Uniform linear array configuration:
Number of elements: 64
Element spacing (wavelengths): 0.5
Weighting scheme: kaiser
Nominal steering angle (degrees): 15
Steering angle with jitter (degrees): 16.327
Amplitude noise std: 0.05
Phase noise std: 0.05

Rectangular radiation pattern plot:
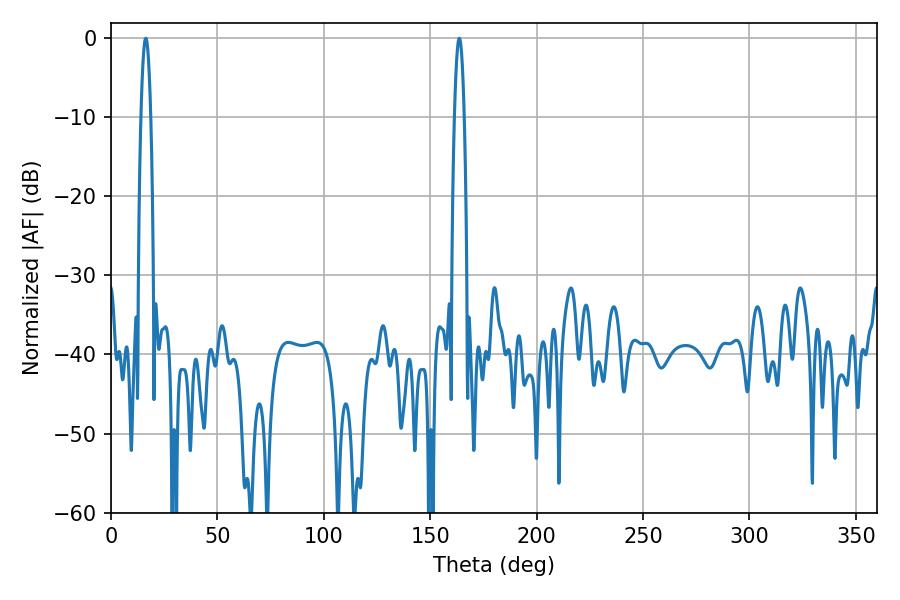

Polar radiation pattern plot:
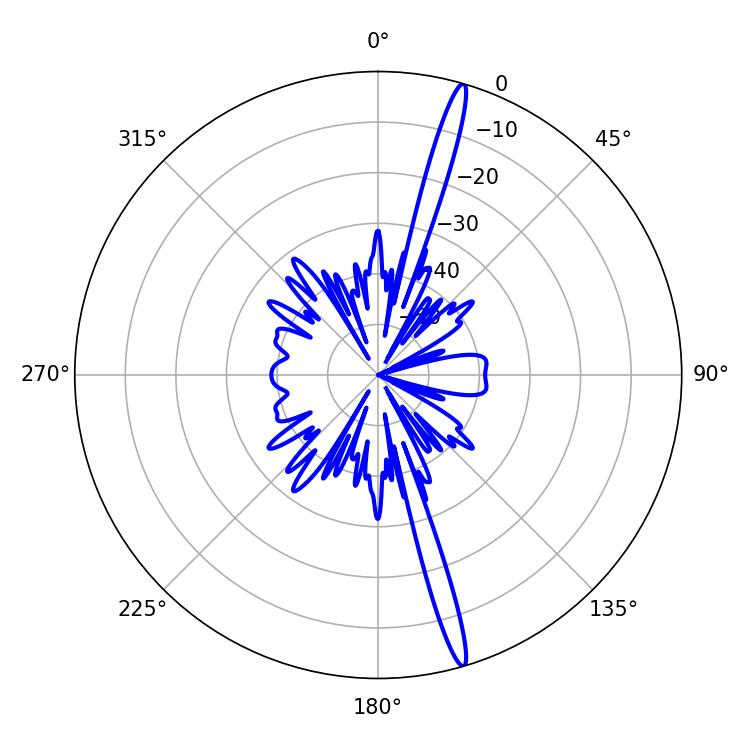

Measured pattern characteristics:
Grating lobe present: FALSE
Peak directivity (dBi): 18.701
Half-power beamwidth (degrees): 2.52
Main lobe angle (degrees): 16.38